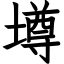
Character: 墫